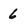
Character: 6